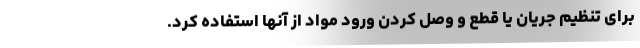
برای تنظیم جریان یا قطع و وصل کردن ورود مواد از آنها استفاده کرد.